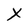
Character: X